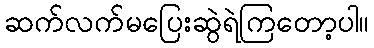
ဆက်လက်မပြေးဆွဲရဲကြတော့ပါ။